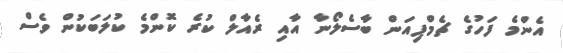
އެންމެ ފަހުގެ ޗެމްޕިއަން ބާސެލޯނާ އާއި ރެއާލް ކުރެ ކޮންމެ ކުލަބަކުން ވެސް